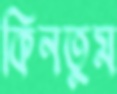
কিনতুম